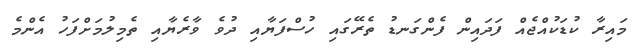
މައިރާ ކުޑަކުއްޖެއް ފަދައިން ފެންގަނޑު ތެރޭގައި ހުސްފަޔާއި ދުވެ ވާރެޔާއި ތެމިލުމަށްފަހު އެންމެ